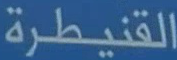
القنيطرة